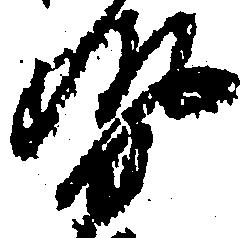
勢